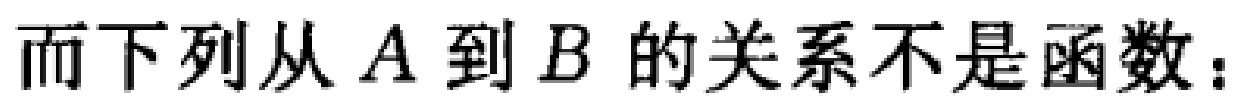
而下列从\(A\)到\(B\)的关系不是函数：